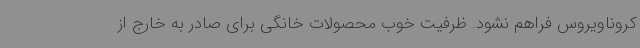
کروناویروس فراهم نشود. ظرفیت خوب محصولات خانگی برای صادر به خارج از